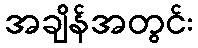
အချိန်အတွင်း